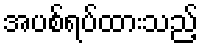
အပစ်ရပ်ထားသည့်